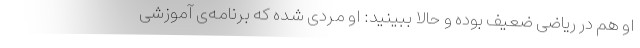
او هم در ریاضی ضعیف بوده و حالا ببینید: او مردی شده که برنامه‌ی آموزشی